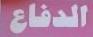
الدفاع